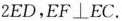
2ED，EF⊥EC。